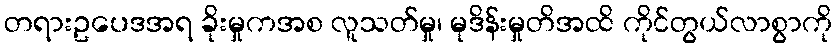
တရားဥပေဒအရ ခိုးမှုကအစ လူသတ်မှု၊ မုဒိန်းမှုတိအထိ ကိုင်တွယ်လာစွာကို